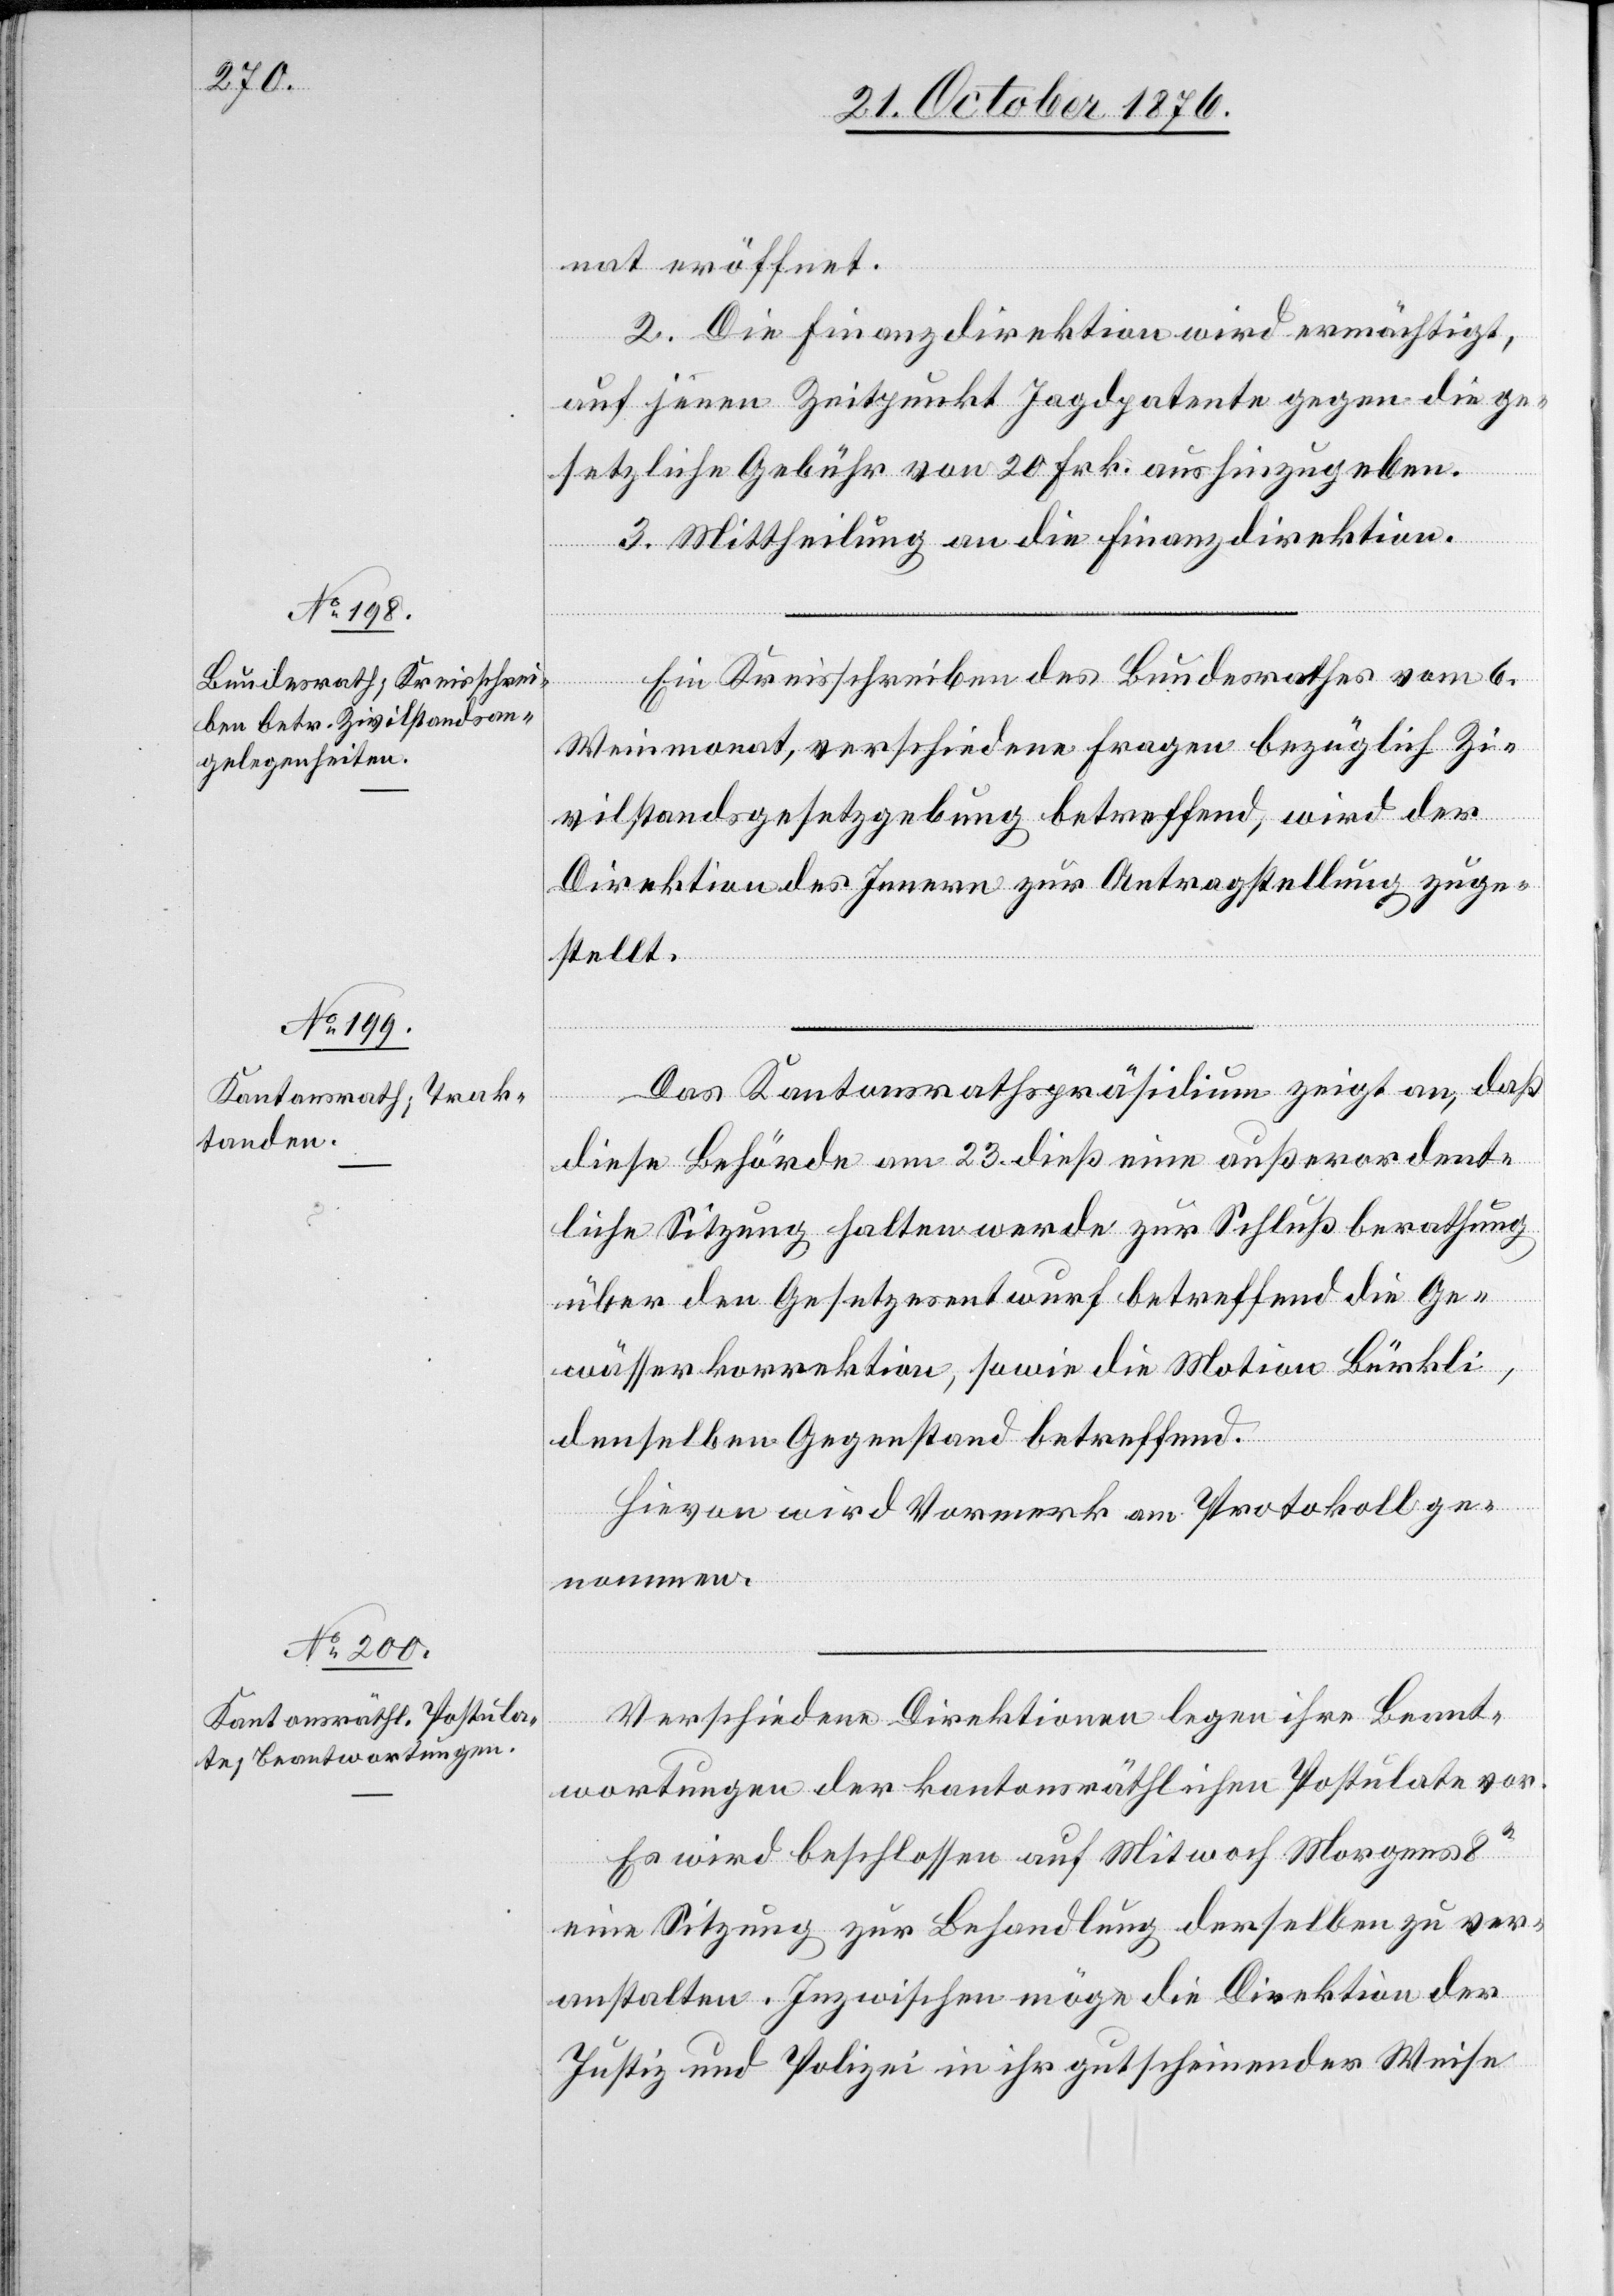
nat eröffnet.
2. Die Finanzdirektion wird ermächtigt,
auf jenen Zeitpunkt Jagdpatente gegen die ge¬
setzliche Gebühr von 20 Frk. aushinzugeben.
3. Mittheilung an die Finanzdirektion.
Ein Kreisschreiben des Bundesrathes vom 6.
Weinmonat, verschiedene Fragen bezüglich Zi¬
vilstandsgesetzgebung betreffend [sic!], wird der
Direktion des Innern zur Antragstellung zuge¬
stellt.
Das Kantonsrathspräsidium zeigt an, das
diese Behörde am 23. dieß eine außerordent¬
liche Sitzung halten werde zur Schlußberathung
über den Gesetzesentwurf betreffend die Ge¬
wässerkorrektion, sowie die Motion Bürkli,
denselben Gegenstand betreffend.
Hievon wird Vormerk am Protokoll ge¬
nommen.
Verschiedene Direktionen legen ihre Beant¬
wortungen der kantonsräthlichen Postulate vor.
Es wird beschlossen auf Mitwoch Morgens 800
eine Sitzung zur Behandlung derselben zu ver¬
anstalten. Inzwischen möge die Direktion der
Justiz und Polizei in ihr gutscheinender Weise